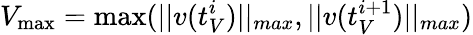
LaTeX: V_{\operatorname*{max}}=\operatorname*{max}(||v(t_{V}^{i})||_{max},||v(t_{V}^{i+1})||_{max})